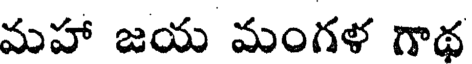
మహా జయ మంగళ గాథ